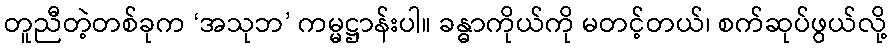
တူညီတဲ့တစ်ခုက ‘အသုဘ’ ကမ္မဋ္ဌာန်းပါ။ ခန္ဓာကိုယ်ကို မတင့်တယ်၊ စက်ဆုပ်ဖွယ်လို့